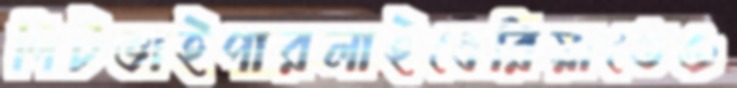
পিটভাইপারলাইবেরিয়াতেও